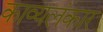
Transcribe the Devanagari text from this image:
काव्यलंकार